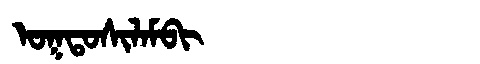
Manchu: ᠣᡴᡨᠣᠰᡳᠯᠠᠮᠪᡳ
Romanization: OKTOSILAMBI